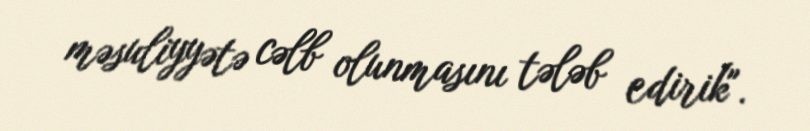
məsuliyyətə cəlb olunmasını tələb edirik".